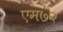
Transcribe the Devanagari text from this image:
एम७२